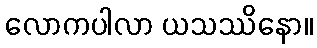
လောကပါလာ ယသဿိနော။